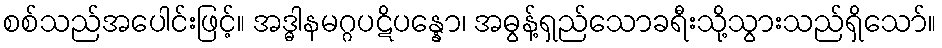
စစ်သည်အပေါင်းဖြင့်။ အဒ္ဓါနမဂ္ဂပဋိပန္နော၊ အဓွန့်ရှည်သောခရီးသို့သွားသည်ရှိသော်။